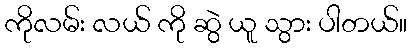
ကိုလမ်း လယ် ကို ဆွဲ ယူ သွား ပါတယ်။